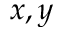
x , y